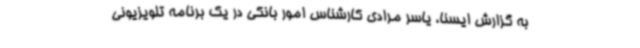
به گزارش ایسنا، یاسر مرادی کارشناس امور بانکی در یک برنامه تلویزیونی